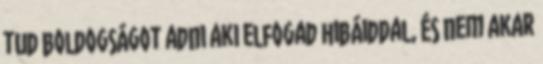
tud boldogságot adni aki elfogad hibáiddal, és nem akar